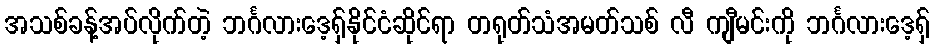
အသစ်ခန့်အပ်လိုက်တဲ့ ဘင်္ဂလားဒေ့ရှ်နိုင်ငံဆိုင်ရာ တရုတ်သံအမတ်သစ် လီ ကျီမင်းကို ဘင်္ဂလားဒေ့ရှ်